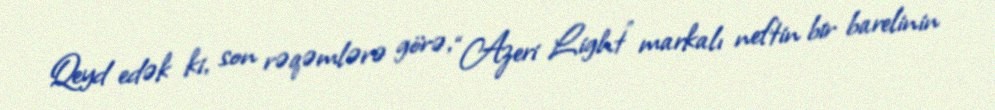
Qeyd edək ki, son rəqəmlərə görə, “Azeri Light” markalı neftin bir barelinin